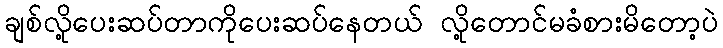
ချစ်လို့ပေးဆပ်တာကိုပေးဆပ်နေတယ် လို့တောင်မခံစားမိတော့ပဲ